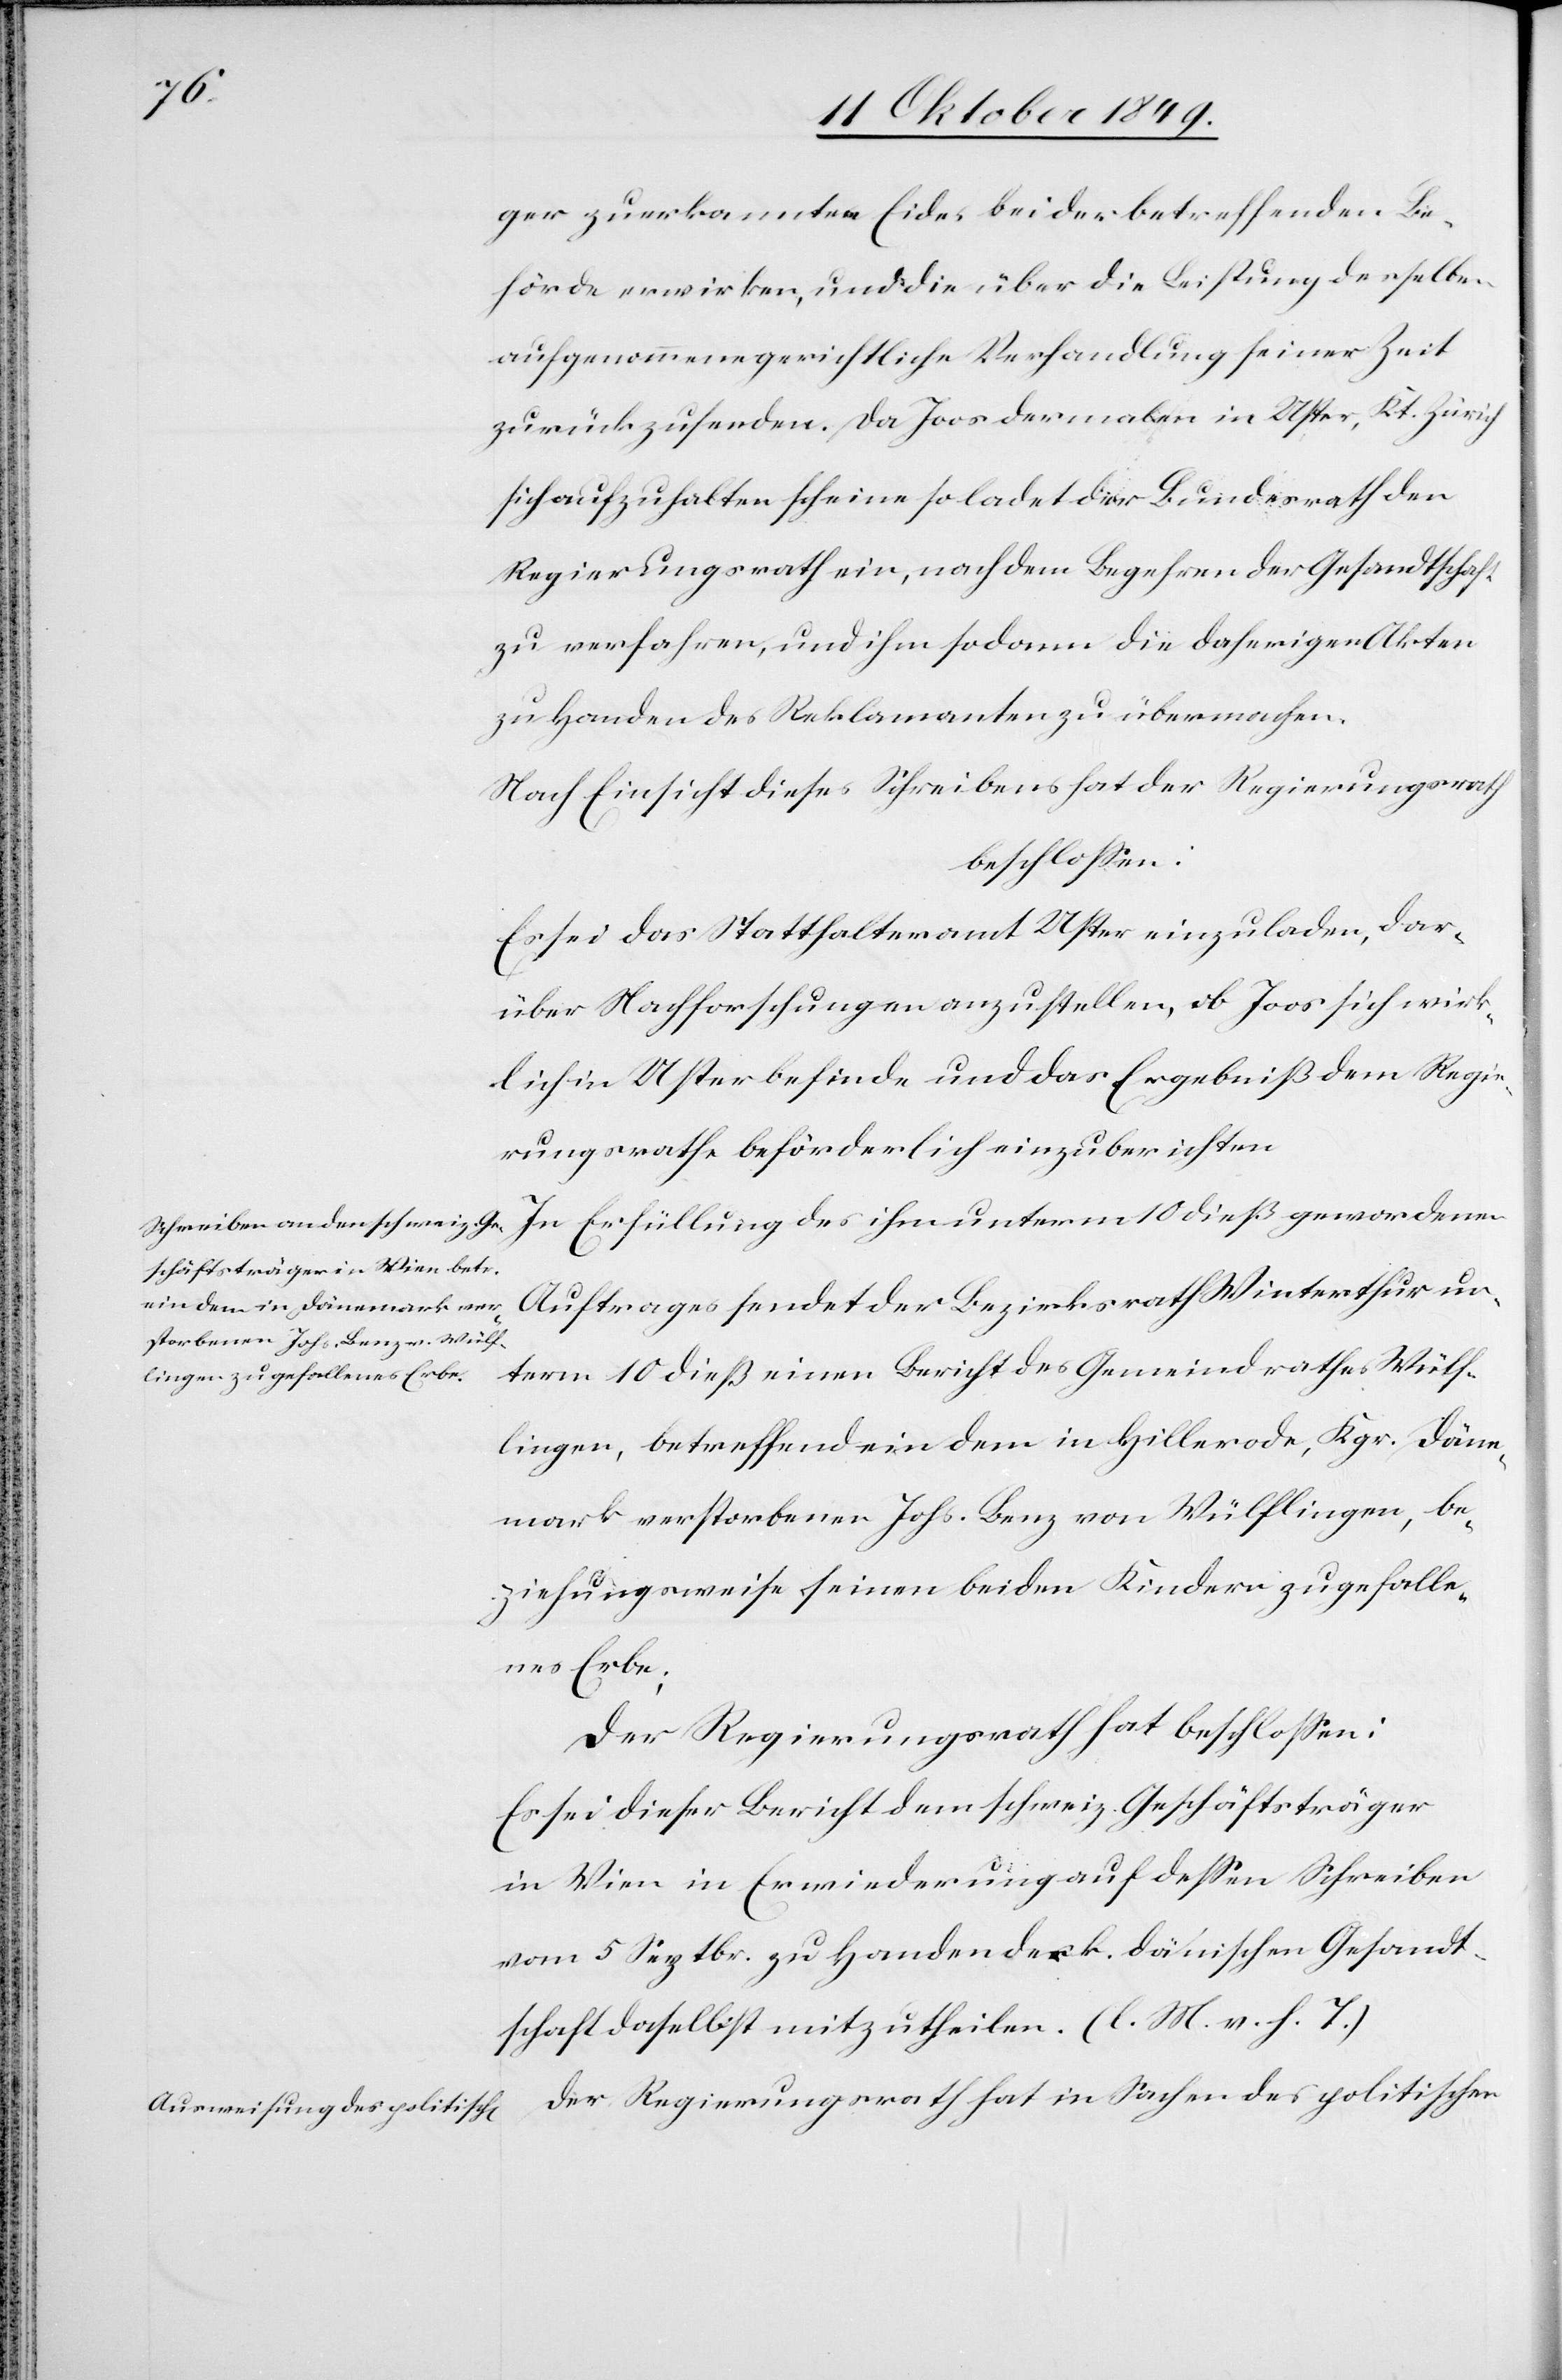
ger zuerkannten Eides bei der betreffenden Be¬
hörde erwirken, und die über die Leistung derselben
aufgenommene gerichtliche Verhandlung seiner Zeit
zurückzusenden. Da Joos dermalen in Uster, Kt. Zürich
sich aufzuhalten scheine so ladet der Bundesrath den
Regierungsrath ein, nach dem Begehren der Gesandtschaft
zu verfahren, und ihm sodann die daherigen Akten
zu Handen des Reklamanten zu übermachen.
Nach Einsicht dieses Schreibens hat der Regierungsrath
beschloßen:
Es sei das Statthalteramt Uster einzuladen, dar¬
über Nachforschungen anzustellen, ob Joos sich wirk¬
lich in Uster befinde und das Ergebniß dem Regie¬
rungsrathe beförderlich einzuberichten.
In Erfüllung des ihm unterm 10 dieß gewordenen
Auftrages sendet der Bezirksrath Winterthur un¬
term 10 dieß einen Bericht des Gemeindrathes Wülf¬
lingen, betreffend ein dem in Hillerorde, Kgr. Däne¬
mark verstorbenen Johs. Benz von Wülflingen, be¬
ziehungsweise seinen beiden Kindern zugefalle¬
nes Erbe;
Der Regierungsrath hat beschloßen:
Es sei dieser Bericht dem schweiz. Geschäftsträger
in Wien in Erwiederung auf deßen Schreiben
vom 5 Septr. zu Handen der k. dänischen Gesandt¬
schaft daselbst mitzutheilen. [l. M. v. h. T]
Der Regierungsrath hat in Sachen des politischen